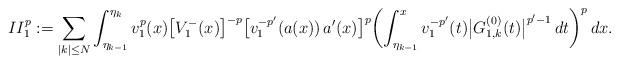
LaTeX: \begin{align*}II_1^p:=\sum_{|k|\le N}\int_{\eta_{k-1}}^{\eta_k} v_1^{p}(x)\bigl[V_1^-(x)\bigr]^{-p}\bigl[v_1^{-p'}(a(x))\,a'(x)\bigr]^p \biggl(\int_{\eta_{k-1}}^x v_1^{-p'}(t) \bigl|G^{(0)}_{1,k}(t)\bigr|^{p'-1}\,dt\biggr)^p\,dx.\end{align*}